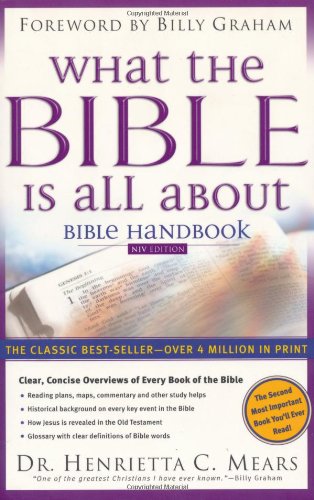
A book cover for What the Bible is All About: Bible Handbook: NIV Edition; Henrietta C. Mears; Christian Books & Bibles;